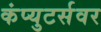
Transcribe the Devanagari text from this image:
कंप्युटर्सवर